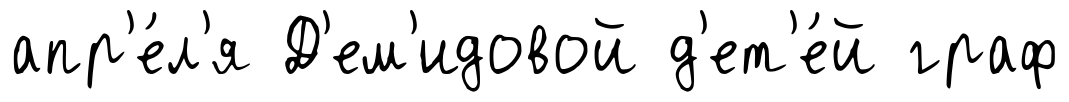
апр'е́л'я Д'ем'идовой д'ет'е́й граф